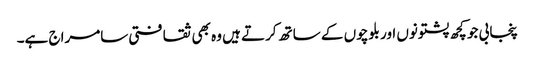
پنجابی جو کچھ پشتونوں اور بلوچوں کے ساتھ کرتے ہیں وہ بھی ثقافتی سامراج ہے۔